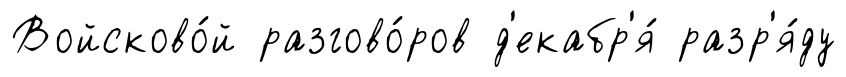
Войсково́й разгово́ров д'екабр'я́ разр'я́ду